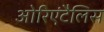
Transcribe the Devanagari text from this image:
ओरिएंटैलिस